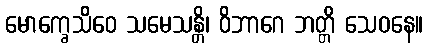
မောက္ခေသိဝေ သမေသန္တိ၊ ဝိဘာဂေ ဘတ္တိ သေဝနေ။